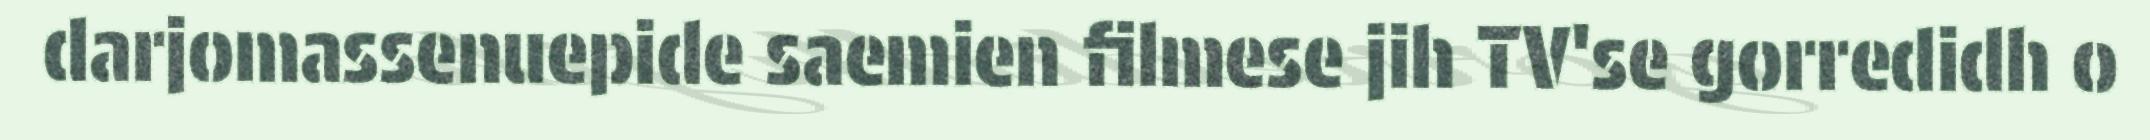
darjomassenuepide saemien filmese jih TV'se gorredidh o